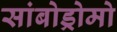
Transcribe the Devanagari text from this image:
सांबोड्रोमो